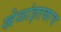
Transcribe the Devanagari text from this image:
खेळांइतकाच